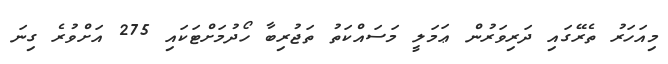
މިއަހަރު ތެރޭގައި ދަރިވަރުން ޢަމަލީ މަސައްކަތު ތަޖުރިބާ ހޯދުމަށްޓަކައި 275 އަށްވުރެ ގިނަ